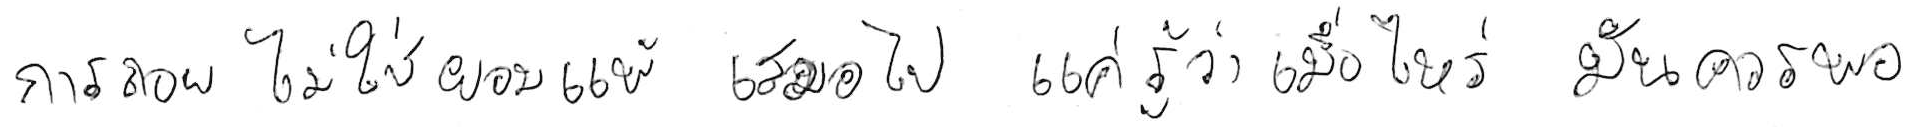
การถอย ไม่ใช่ยอมแพ้ เสมอไป แค่รู้ว่าเมื่อไหร่ มันควรพอ